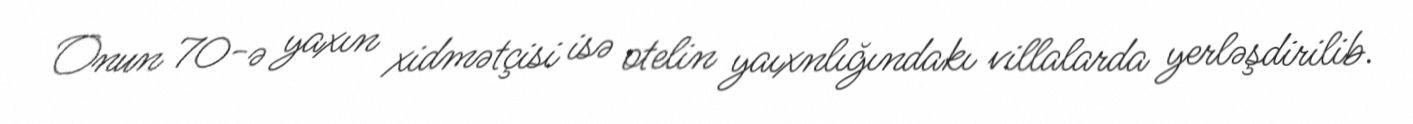
Onun 70-ə yaxın xidmətçisi isə otelin yaıxnlığındakı villalarda yerləşdirilib.